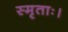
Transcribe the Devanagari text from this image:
स्मृताः।